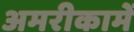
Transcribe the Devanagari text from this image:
अमरीकामें